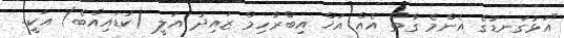
"އަޅުގަނޑުގެ އެންމެ ގާތް އެއް އަޚް އިބްރާހިމް ޒައިދު އަލީ (ކުޑައިއްބެ) އަކީ.